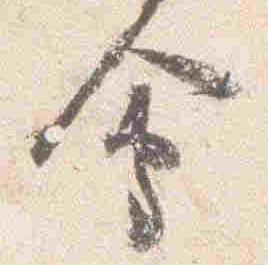
会